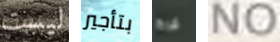
ليست بتأجير ليرة NO